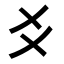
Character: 𬼆